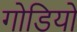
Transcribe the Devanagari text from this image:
गोडियो